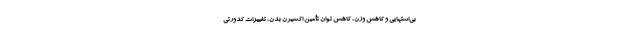
بی‌اشتهایی و کاهش وزن، کاهش توان تأمین اکسیژن بدن، تغییرات کدورتی